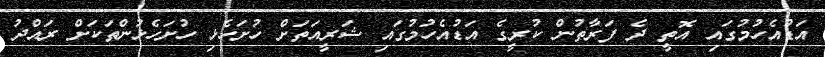
އަޑުއެހުމުގައި އޮތީ ދެ ފަރާތުން ކުރީގެ އަޑުއެހުމުގައި ޝަރީއަތަށް ހުށަހެޅި ހުށަހެޅުންތަކަށް ރައްދު